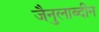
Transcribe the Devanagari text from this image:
जैनुलाब्दीन